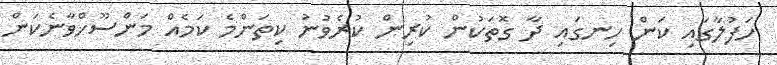
ހަފުލާގައި ކަން ހިނގައި ދާ ގޮތަކުން ކުރިން ކުރެވުނު ކިތަންމެ ކަމެއް މަންސޫޚްވާނެކަން